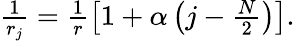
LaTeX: \begin{array}{r}{\frac{1}{r_{j}}=\frac{1}{r}\left[1+\alpha\left(j-\frac{N}{2}\right)\right].}\end{array}